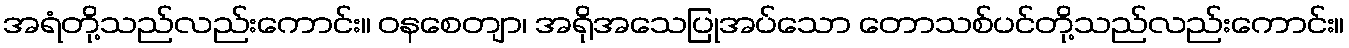
အရံတို့သည်လည်းကောင်း။ ဝနစေတျာ၊ အရိုအသေပြုအပ်သော တောသစ်ပင်တို့သည်လည်းကောင်း။